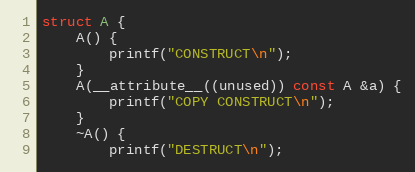
Language: C++
struct A {
    A() {
        printf("CONSTRUCT\n");
    }
    A(__attribute__((unused)) const A &a) {
        printf("COPY CONSTRUCT\n");
    }
    ~A() {
        printf("DESTRUCT\n");